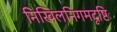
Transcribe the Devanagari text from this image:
निखिलनिगमदृष्टिः